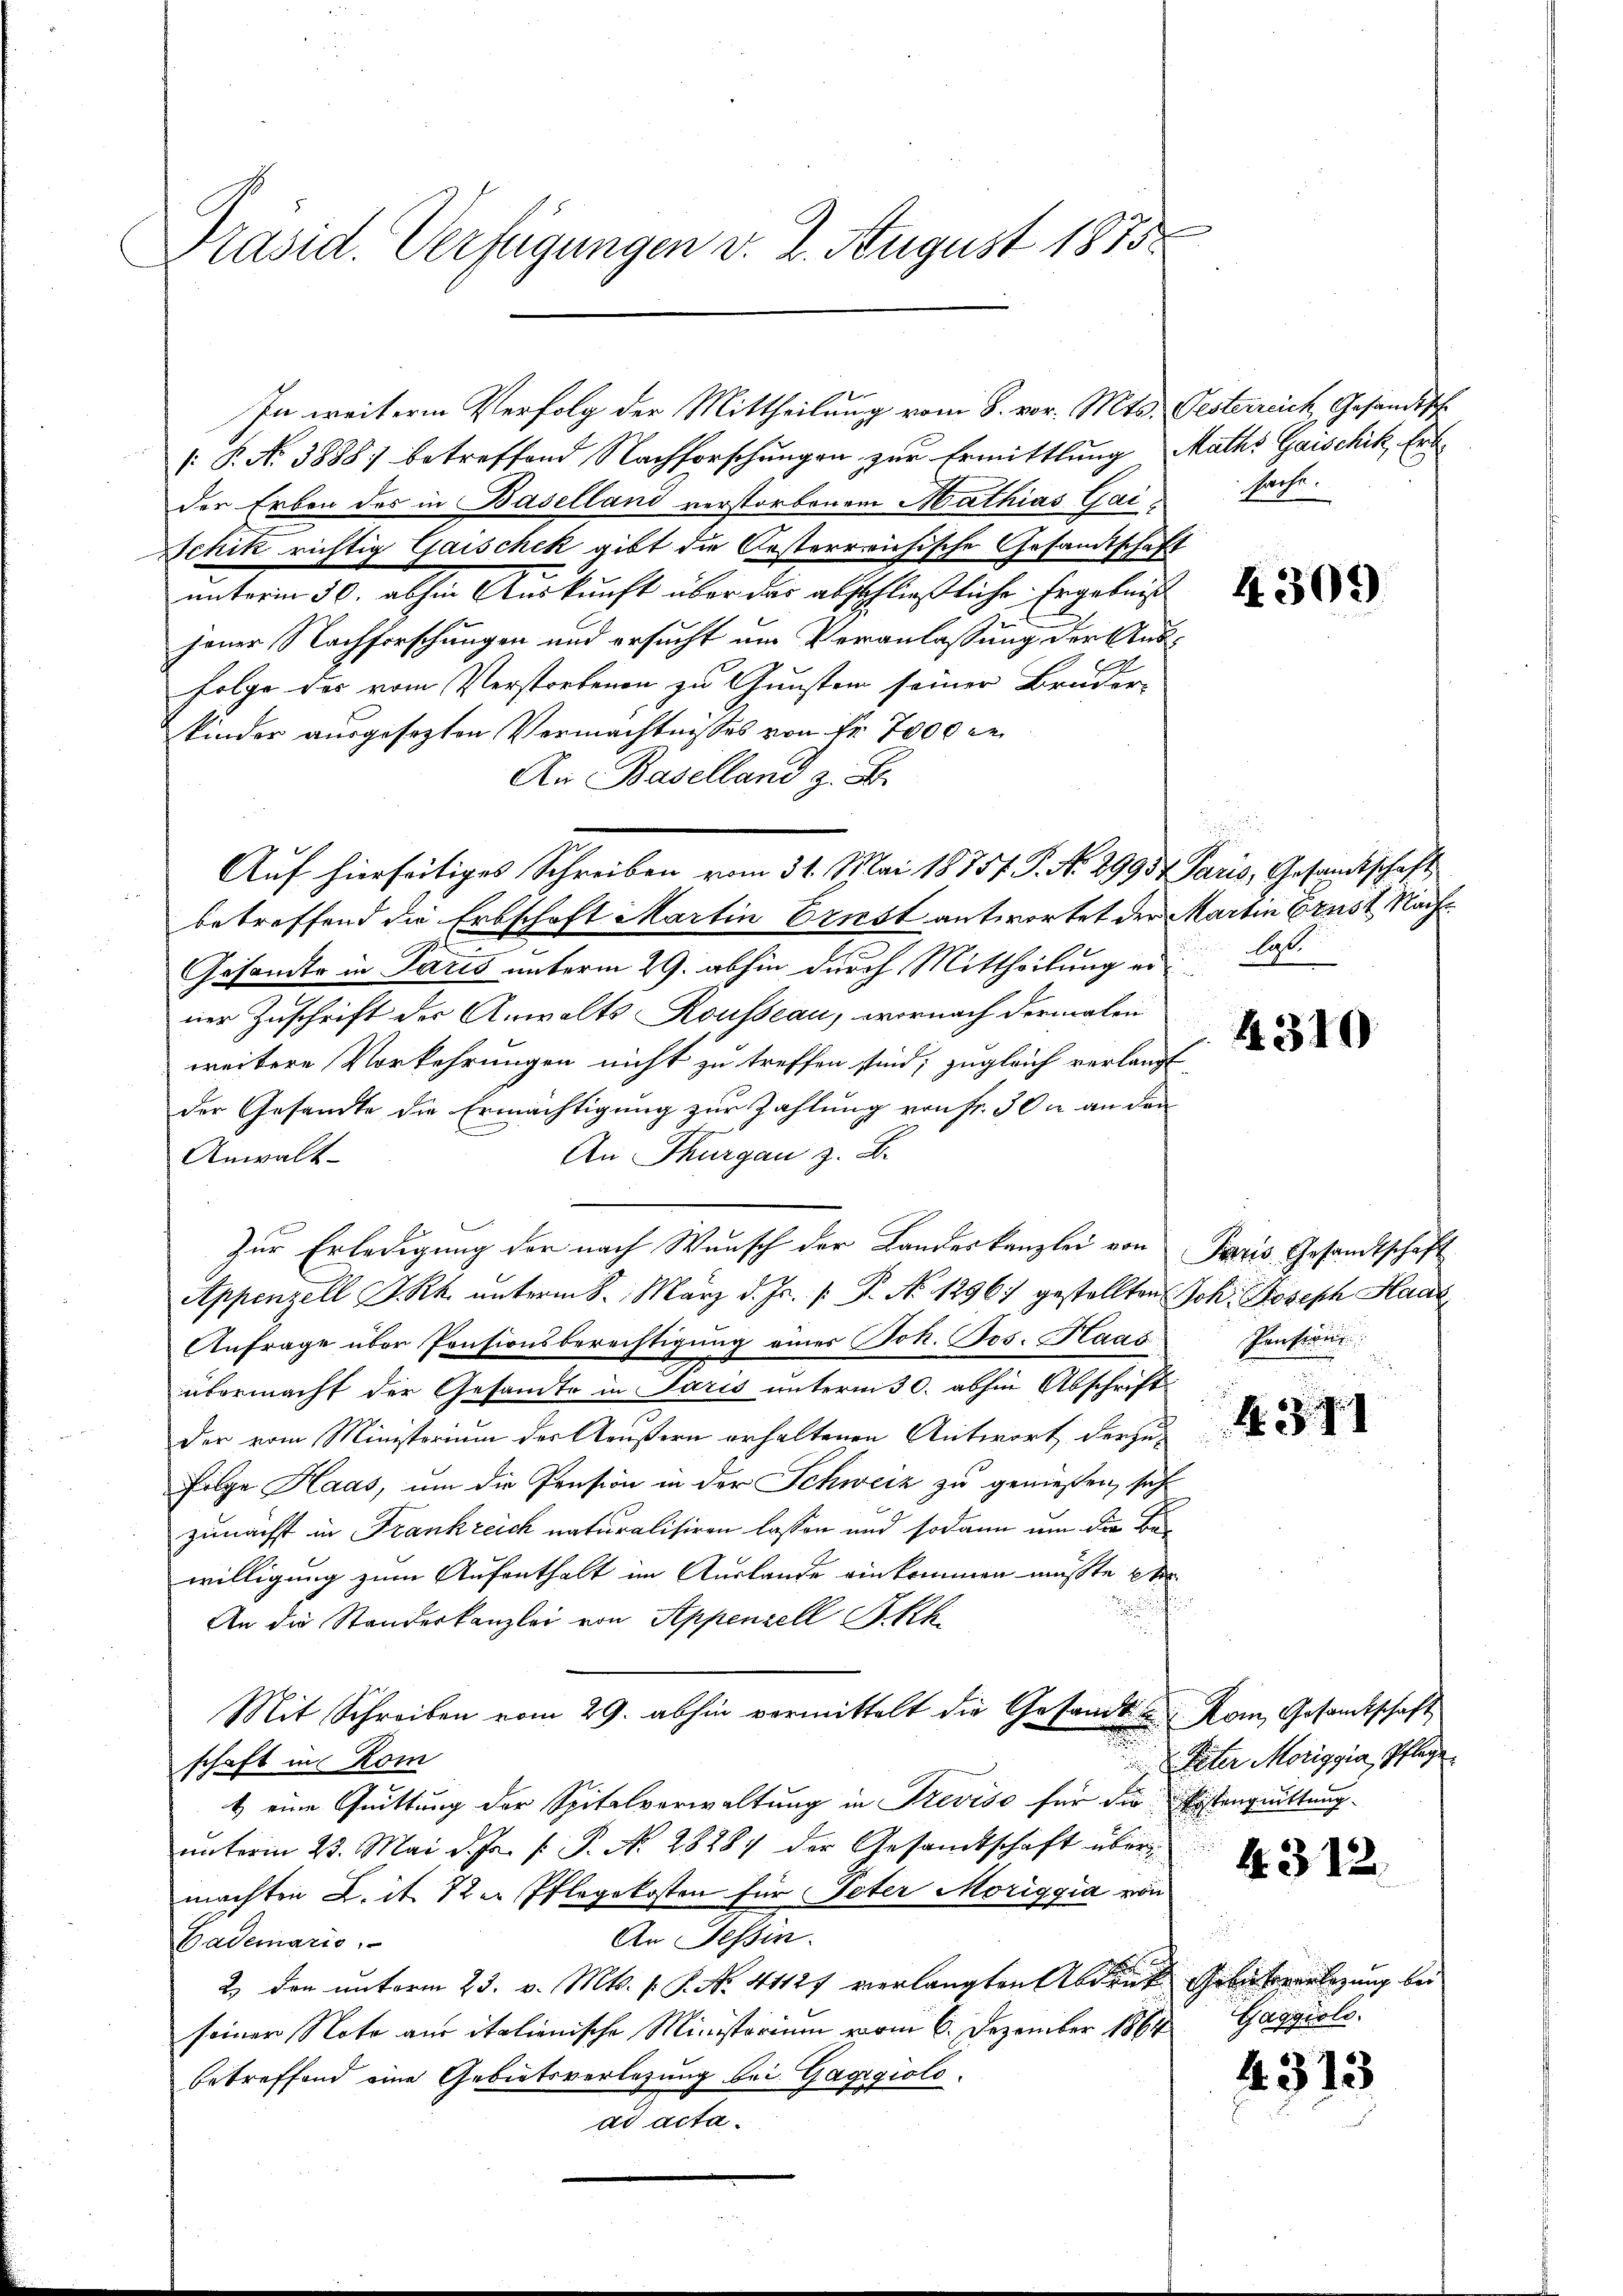
Präsid. Verfügungen v. 2. August 1875

In weitere Verfolg der Mittheilung vom 8. vor. Mts. Gesterreich, Gesandtsch.
 P. N. 3888) betreffend Nachforschungen zur Ermittlung
der Erben des in Baselland verstorbenem Mathias Gai¬
Schik richtig Gaischek gibt die Oesterreichische Gesandtschafunterm 30. abhin Auskunft über das abschließliche Ergebnis
jener Nachforschungen und ersucht um Veranlassung der Aus¬
Folge des vom Verstorbenen zu Gunsten seiner Bruder-
kinder ausgesezten Vermächtnisses von Fr. 7000 de
An Baselland z. B.
betreffend die Erbschaft Martin Ernst antwortet der Martin brust Nach¬
Gesandte in Paris unterm 29. abhin durch Mittheilung erner Zuschrift der Anwalts Rousseau, wornach dermalen
weitere Vorkehrungen nicht zu treffen sind; zugleich verlangt
der Gesandte die Ermächtigung zur Zahlung von Fr. 302 an den
An Thurgau z. B.
Anwalt
Zur Erledigung der nach Wunsch der Landeskanzlei von
Appenzell I.Rh. unterm 8. März d. Js. [: P. No 1296) gestellten
Anfrage über Pensionsberechtigung eines Joh. Jos. Haas
übermacht der Gesandte in Paris unterm 30. abhin Abschrift
der vom Ministerium der Aeußern erhaltenen Antwort derzu¬
Folge Haas, um die Pension in der Schweiz zu genießen, sich
zunächst in Frankreich naturalisiren lassen und sodann um die Bewilligung zum Aufenthalt im Auslande einkommen müßte et
un
An die Standeskanzlei von Appenzell Sch
Mit Schreiben vom 29. abhin vermittelt die Gesandt
schaft in Kom
s
1) eine Quittung der Spitalverwaltung in Treviso für die
unterm 23. Mai d. Js. v. P. No 28284 der Gesandtschaft über
machten L. it der Pflegekosten für Peter Moriggia von
An Tessin.
Bademaris
2) den unterm 23. v. Mts. f. P. No. 41127 verlangten Aber
seiner Note aus italienische Ministerium vom 6. Dezember 1864
betreffend eine Gebietsverlesung bei Gaggioload acta.

Auf hierseitiges Schreiben vom 31. Mai 1875. P. No. 29934. Paris, Gesandtschaft

Maths Gaischik, Erdsache.

4309)

las.

1310

Paris Gesandtschaft
Joh. Joseph Haa
Pension

4. 371

Kom Gesandtschaft
Later Moriggia, Pflege.
tenquittung.

4312.

Gebühererlegung bei
Gagyiolo

4313

t